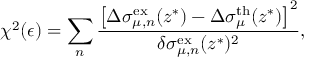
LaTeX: \chi ^ { 2 } ( \epsilon ) = \sum _ { n } \frac { \left[ \Delta \sigma _ { \mu , n } ^ { \mathrm { e x } } ( z ^ { * } ) - \Delta \sigma _ { \mu } ^ { \mathrm { t h } } ( z ^ { * } ) \right] ^ { 2 } } { \delta \sigma _ { \mu , n } ^ { \mathrm { e x } } ( z ^ { * } ) ^ { 2 } } ,